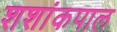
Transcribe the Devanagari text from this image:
शशांकपाल